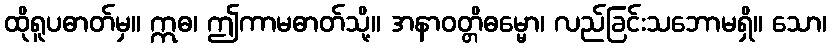
ထိုရူပဓာတ်မှ။ ဣဓ၊ ဤကာမဓာတ်သို့။ အနာဝတ္တိဓမ္မော၊ လည်ခြင်းသဘောမရှိ။ သော၊